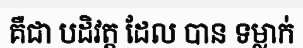
គឺជា បដិវត្ត ដែល បាន ទម្លាក់